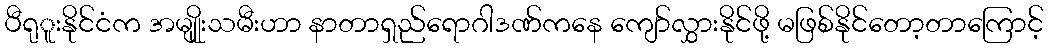
ပီရုူးနိုင်ငံက အမျိုူးသမီးဟာ နာတာရှည်ရောဂါဒဏ်ကနေ ကျော်လွှားနိုင်ဖို့ မဖြစ်နိုင်တော့တာကြောင့်